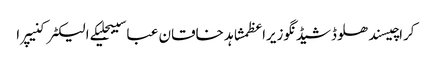
کراچیسندھلوڈشیڈنگوزیراعظمشاہد خاقان عباسیبجلیکے الیکٹرکنیپرا